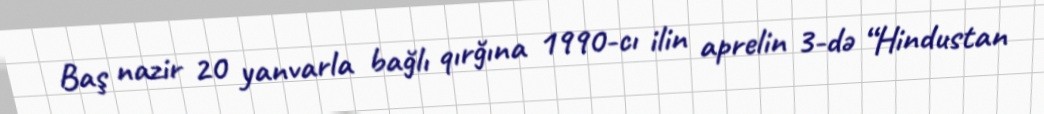
Baş nazir 20 yanvarla bağlı qırğına 1990-cı ilin aprelin 3-də “Hindustan